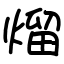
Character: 熘